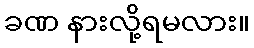
ခဏ နားလို့ရမလား။